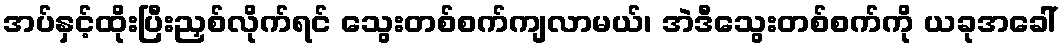
အပ်နှင့်ထိုးပြီးညှစ်လိုက်ရင် သွေးတစ်စက်ကျလာမယ်၊ အဲဒီသွေးတစ်စက်ကို ယခုအခေါ်